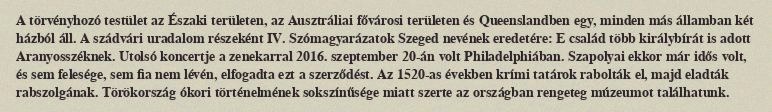
A törvényhozó testület az Északi területen, az Ausztráliai fővárosi területen és Queenslandben egy, minden más államban két házból áll. A szádvári uradalom részeként IV. Szómagyarázatok Szeged nevének eredetére: E család több királybírát is adott Aranyosszéknek. Utolsó koncertje a zenekarral 2016. szeptember 20-án volt Philadelphiában. Szapolyai ekkor már idős volt, és sem felesége, sem fia nem lévén, elfogadta ezt a szerződést. Az 1520-as években krími tatárok rabolták el, majd eladták rabszolgának. Törökország ókori történelmének sokszínűsége miatt szerte az országban rengeteg múzeumot találhatunk.